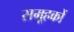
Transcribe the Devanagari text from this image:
समूहकों